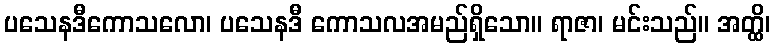
ပသေနဒီကောသလော၊ ပသေနဒီ ကောသလအမည်ရှိသော။ ရာဇာ၊ မင်းသည်။ အတ္ထိ၊